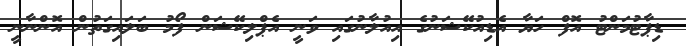
ޑިޕާޓުމަންޓު އޮފް ހަޔާ އެޑިއުކޭޝަނުގެ އިއުލާނުގައި ވަނީ އެޕްލިކޭޝަން ފޯމު ބަލައިގަތުން އޮންނާނީ